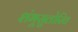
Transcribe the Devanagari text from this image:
शंभूसुतोरिव